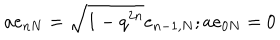
LaTeX: a e _ { n N } = \sqrt { 1 - q ^ { 2 n } } e _ { n - 1 , N } ; a e _ { 0 N } = 0